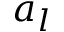
a _ { l }